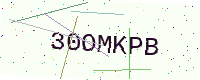
Text: 30OMKPB